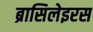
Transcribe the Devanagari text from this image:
ब्रासिलेइरस